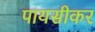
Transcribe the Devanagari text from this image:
पायसीकर